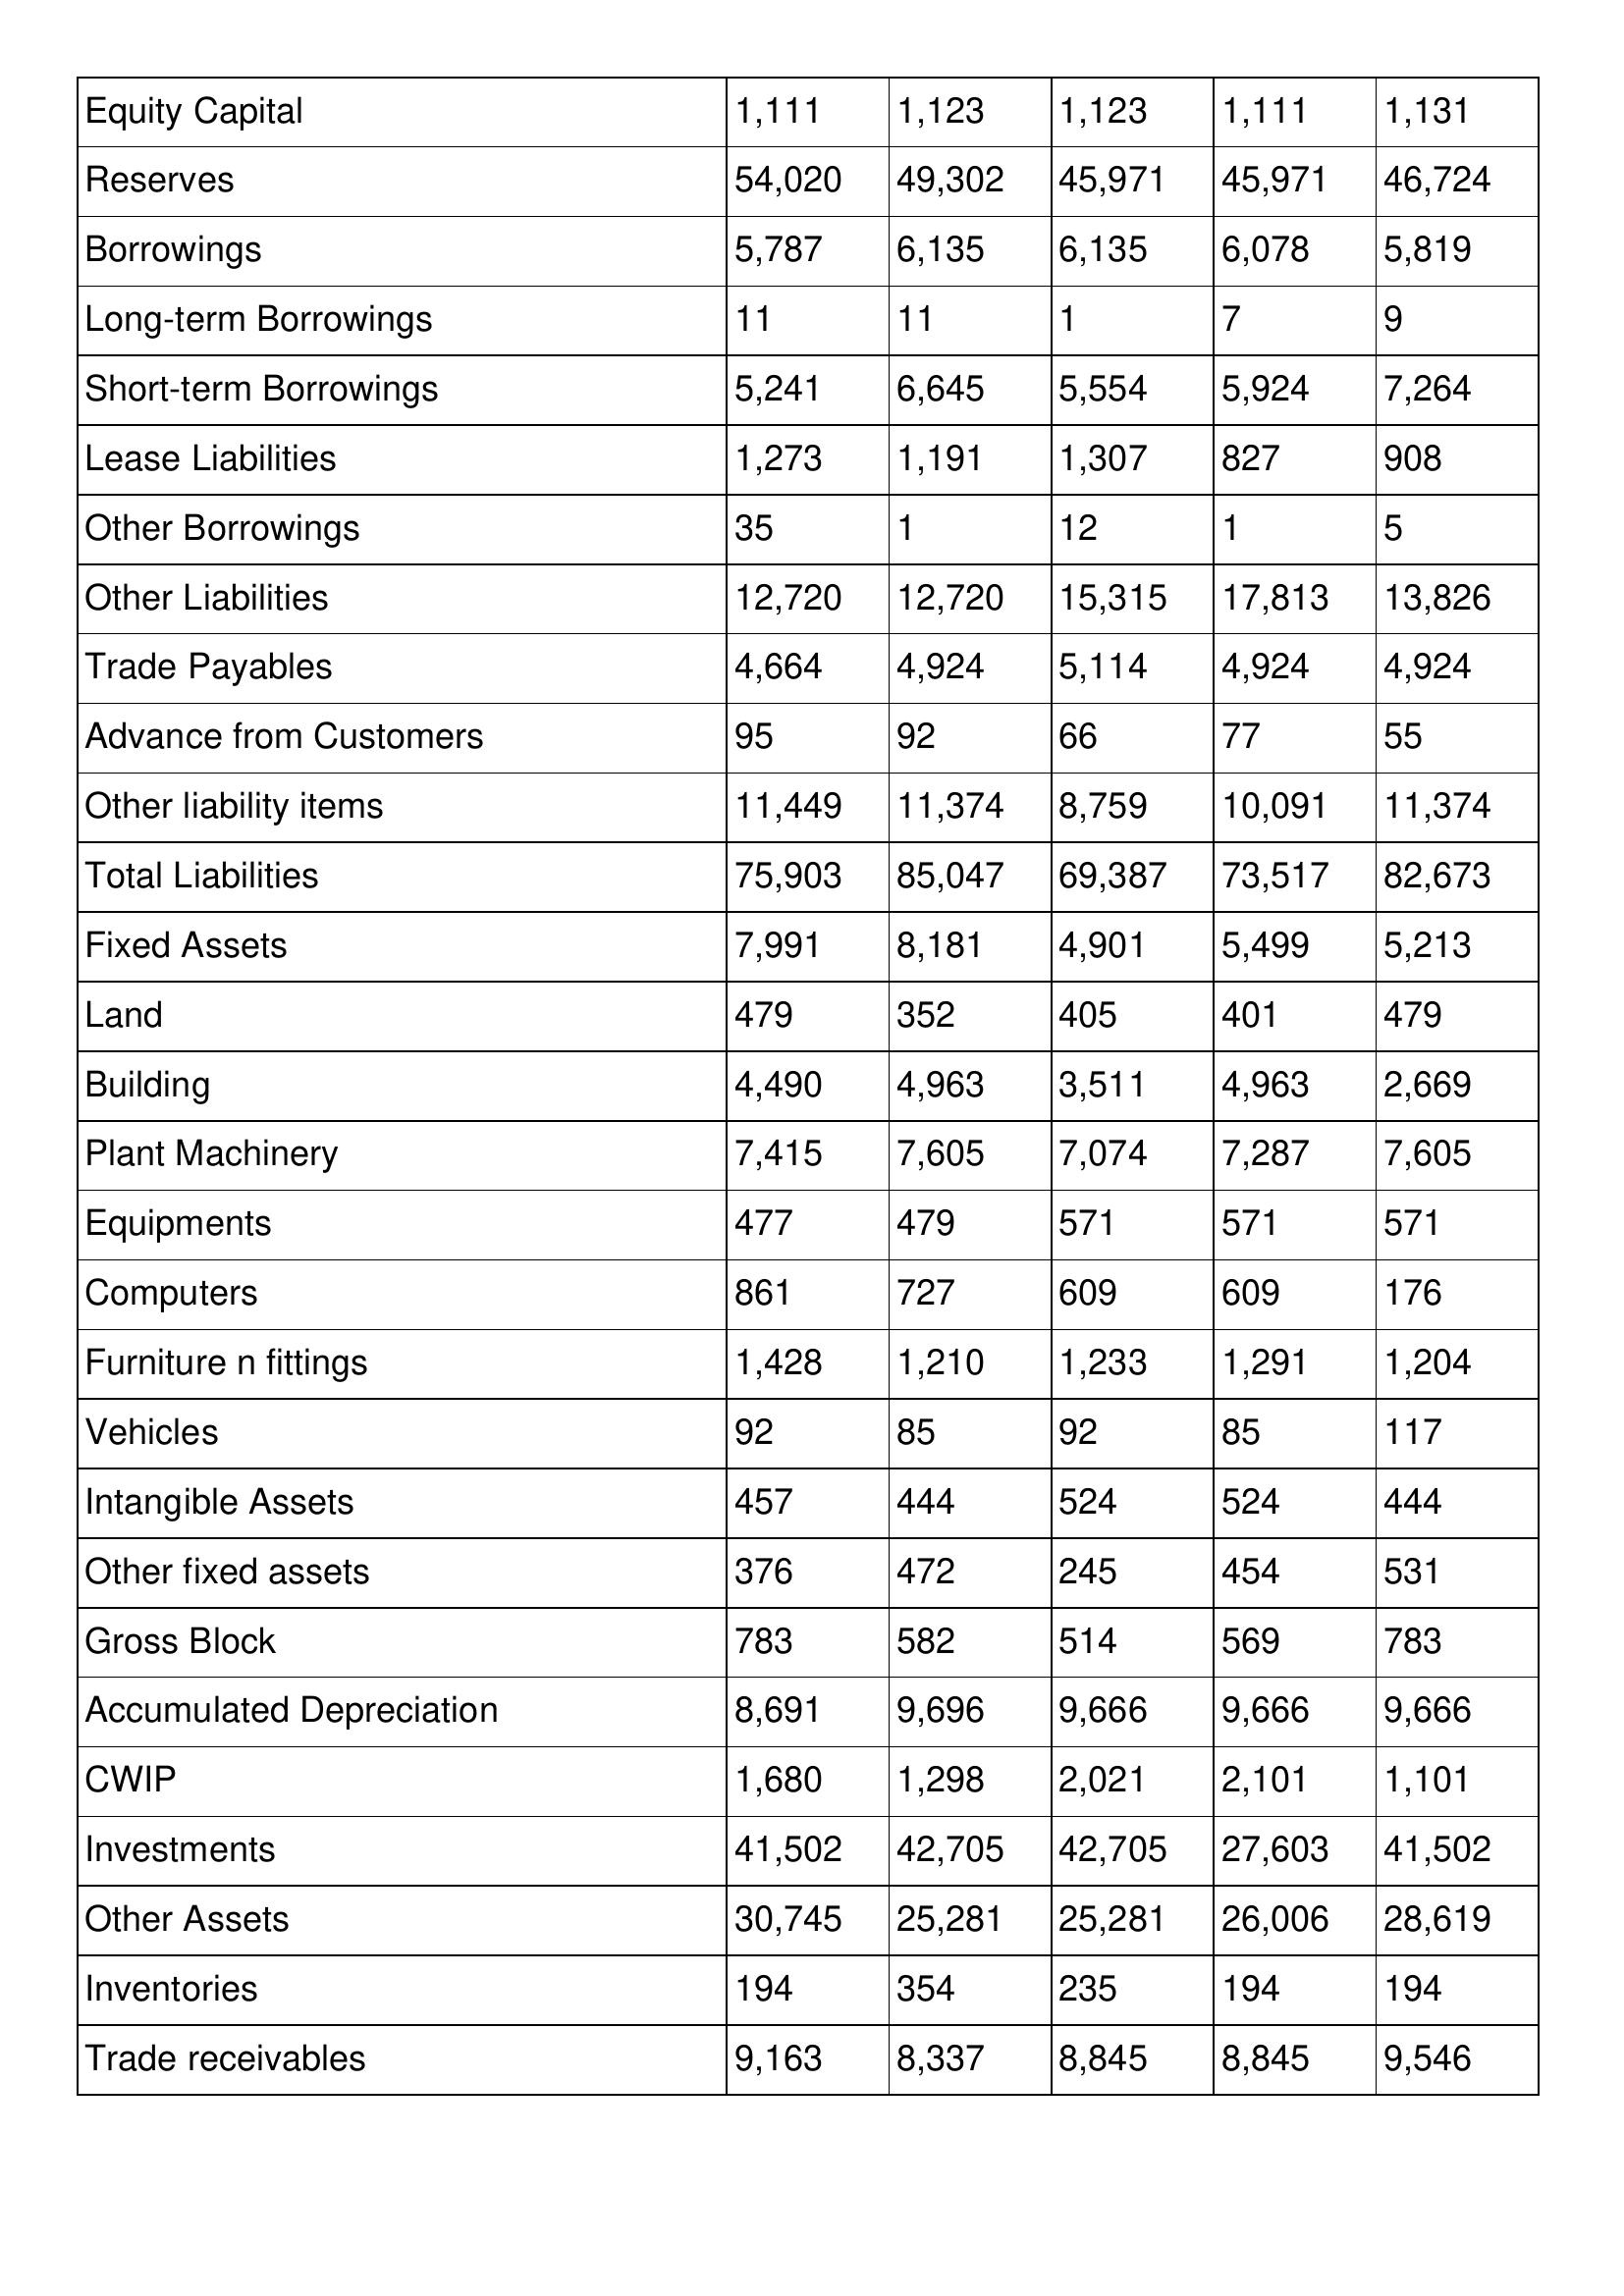
gt_parse: 1994: Balance Sheet: Equity Capital: 1,111
Reserves: 54,020
Borrowings: 5,787
Long-term Borrowings: 11
Short-term Borrowings: 5,241
Lease Liabilities: 1,273
Other Borrowings: 35
Other Liabilities: 12,720
Trade Payables: 4,664
Advance from Customers: 95
Other liability items: 11,449
Total Liabilities: 75,903
Fixed Assets: 7,991
Land: 479
Building: 4,490
Plant Machinery: 7,415
Equipments: 477
Computers: 861
Furniture n fittings: 1,428
Vehicles: 92
Intangible Assets: 457
Other fixed assets: 376
Gross Block: 783
Accumulated Depreciation: 8,691
CWIP: 1,680
Investments: 41,502
Other Assets: 30,745
Inventories: 194
Trade receivables: 9,163
1993: Balance Sheet: Equity Capital: 1,123
Reserves: 49,302
Borrowings: 6,135
Long-term Borrowings: 11
Short-term Borrowings: 6,645
Lease Liabilities: 1,191
Other Borrowings: 1
Other Liabilities: 12,720
Trade Payables: 4,924
Advance from Customers: 92
Other liability items: 11,374
Total Liabilities: 85,047
Fixed Assets: 8,181
Land: 352
Building: 4,963
Plant Machinery: 7,605
Equipments: 479
Computers: 727
Furniture n fittings: 1,210
Vehicles: 85
Intangible Assets: 444
Other fixed assets: 472
Gross Block: 582
Accumulated Depreciation: 9,696
CWIP: 1,298
Investments: 42,705
Other Assets: 25,281
Inventories: 354
Trade receivables: 8,337
1992: Balance Sheet: Equity Capital: 1,123
Reserves: 45,971
Borrowings: 6,135
Long-term Borrowings: 1
Short-term Borrowings: 5,554
Lease Liabilities: 1,307
Other Borrowings: 12
Other Liabilities: 15,315
Trade Payables: 5,114
Advance from Customers: 66
Other liability items: 8,759
Total Liabilities: 69,387
Fixed Assets: 4,901
Land: 405
Building: 3,511
Plant Machinery: 7,074
Equipments: 571
Computers: 609
Furniture n fittings: 1,233
Vehicles: 92
Intangible Assets: 524
Other fixed assets: 245
Gross Block: 514
Accumulated Depreciation: 9,666
CWIP: 2,021
Investments: 42,705
Other Assets: 25,281
Inventories: 235
Trade receivables: 8,845
1991: Balance Sheet: Equity Capital: 1,111
Reserves: 45,971
Borrowings: 6,078
Long-term Borrowings: 7
Short-term Borrowings: 5,924
Lease Liabilities: 827
Other Borrowings: 1
Other Liabilities: 17,813
Trade Payables: 4,924
Advance from Customers: 77
Other liability items: 10,091
Total Liabilities: 73,517
Fixed Assets: 5,499
Land: 401
Building: 4,963
Plant Machinery: 7,287
Equipments: 571
Computers: 609
Furniture n fittings: 1,291
Vehicles: 85
Intangible Assets: 524
Other fixed assets: 454
Gross Block: 569
Accumulated Depreciation: 9,666
CWIP: 2,101
Investments: 27,603
Other Assets: 26,006
Inventories: 194
Trade receivables: 8,845
1990: Balance Sheet: Equity Capital: 1,131
Reserves: 46,724
Borrowings: 5,819
Long-term Borrowings: 9
Short-term Borrowings: 7,264
Lease Liabilities: 908
Other Borrowings: 5
Other Liabilities: 13,826
Trade Payables: 4,924
Advance from Customers: 55
Other liability items: 11,374
Total Liabilities: 82,673
Fixed Assets: 5,213
Land: 479
Building: 2,669
Plant Machinery: 7,605
Equipments: 571
Computers: 176
Furniture n fittings: 1,204
Vehicles: 117
Intangible Assets: 444
Other fixed assets: 531
Gross Block: 783
Accumulated Depreciation: 9,666
CWIP: 1,101
Investments: 41,502
Other Assets: 28,619
Inventories: 194
Trade receivables: 9,546